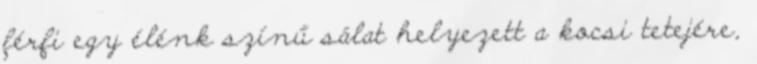
férfi egy élénk színű sálat helyezett a kocsi tetejére,